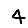
Digit: 4